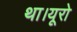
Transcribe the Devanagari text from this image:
था।यूरो